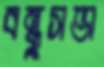
বন্ধুসভা